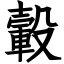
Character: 轂